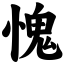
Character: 愧